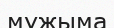
мұжыма